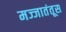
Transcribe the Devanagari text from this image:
मज्जातंतूस